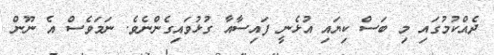
ދެއްކުމުގައި މި ބަސް ކިޔައި އުޅެނީ ފައިސާއާ ގުޅުވައިގެންނެވެ. ނަމަވެސް އެ ނޫން